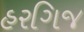
હરગિજ